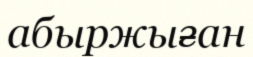
абыржыған